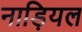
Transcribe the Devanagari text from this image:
नाड़ियल